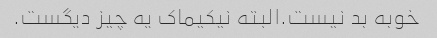
خوبه بد نیست.البته نیکیماک یه چیز دیگست.